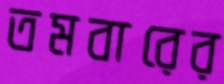
তমবারের